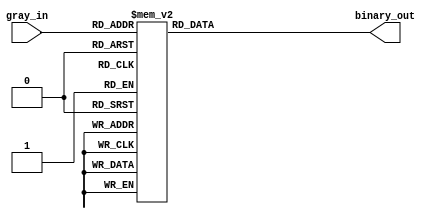
module gray_code_decoder (
  input wire [3:0] gray_in,
  output reg [3:0] binary_out
);

always @(*) begin
  case (gray_in)
    4'b0000: binary_out = 4'b0000;
    4'b0001: binary_out = 4'b0001;
    4'b0011: binary_out = 4'b0010;
    4'b0010: binary_out = 4'b0011;
    4'b0110: binary_out = 4'b0100;
    4'b0111: binary_out = 4'b0101;
    4'b0101: binary_out = 4'b0110;
    4'b0100: binary_out = 4'b0111;
    4'b1100: binary_out = 4'b1000;
    4'b1101: binary_out = 4'b1001;
    4'b1111: binary_out = 4'b1010;
    4'b1110: binary_out = 4'b1011;
    4'b1010: binary_out = 4'b1100;
    4'b1011: binary_out = 4'b1101;
    4'b1001: binary_out = 4'b1110;
    4'b1000: binary_out = 4'b1111;
    default: binary_out = 4'bxxxx; // Error case
  endcase
end

endmodule